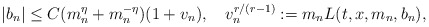
\begin{align*}|b_n| \leq C(m_n^{\eta} + m_n^{-\eta})(1 + v_n), ~~~ v_n^{r/(r-1)} := m_nL(t,x,m_n,b_n),\end{align*}